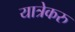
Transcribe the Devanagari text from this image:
यात्रेकरु